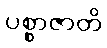
ပစ္စာဇာတိ